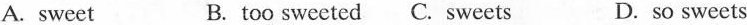
A. sweet B. too sweeted C. Sweets D. so sweets